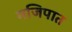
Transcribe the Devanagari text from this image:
मजिपात